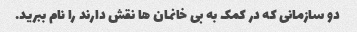
دو سازمانی که در کمک به بی خانمان ها نقش دارند را نام ببرید.